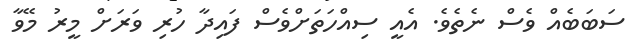
ސަބަބެއް ވެސް ނެތެވެ. އެއީ ސިއްހަތަށްވެސް ފައިދާ ހުރި ވަރަށް މީރު މޭވާ